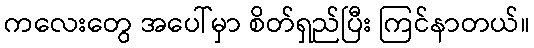
ကလေးတွေ အပေါ်မှာ စိတ်ရှည်ပြီး ကြင်နာတယ်။